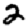
Digit: 2